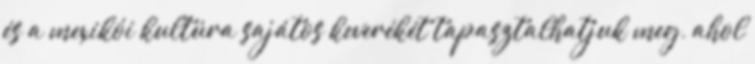
és a mexikói kultúra sajátos keverékét tapasztalhatjuk meg, ahol